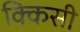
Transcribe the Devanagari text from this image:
क्किसी